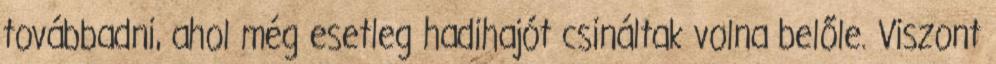
továbbadni, ahol még esetleg hadihajót csináltak volna belőle. Viszont